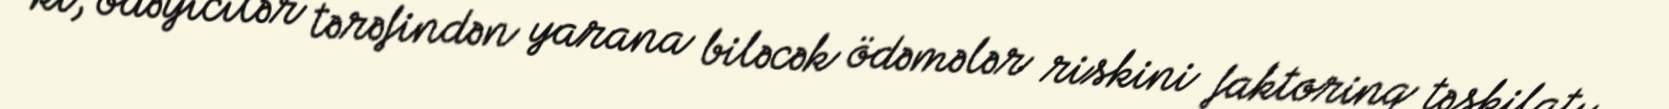
ki, ödəyicilər tərəfindən yarana biləcək ödəmələr riskini faktorinq təşkilatı